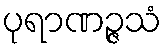
ပုရာဏဉ္ဇသံ